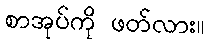
စာအုပ်ကို ဖတ်လား။